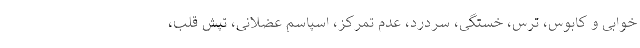
‌خوابی و کابوس، ترس، خستگی، سردرد، عدم تمرکز، اسپاسم عضلانی، تپش قلب،